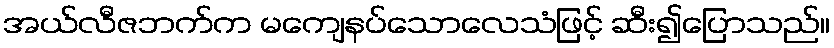
အယ်လီဇဘက်က မကျေနပ်သောလေသံဖြင့် ဆီး၍ပြောသည်။